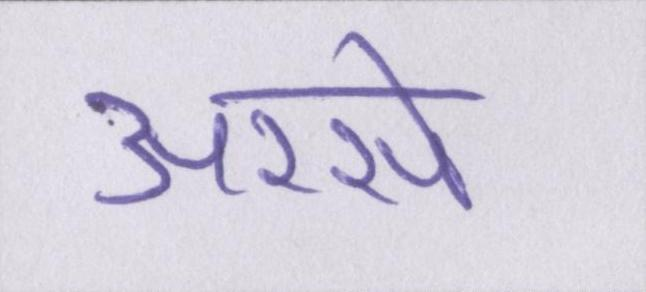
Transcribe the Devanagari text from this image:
अरसे